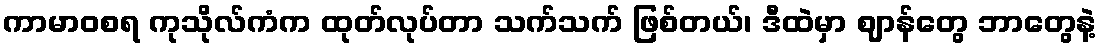
ကာမာဝစရ ကုသိုလ်ကံက ထုတ်လုပ်တာ သက်သက် ဖြစ်တယ်၊ ဒီထဲမှာ ဈာန်တွေ ဘာတွေနဲ့